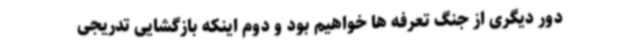
دور دیگری از جنگ تعرفه ها خواهیم بود و دوم اینکه بازگشایی تدریجی